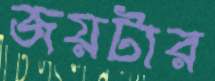
জয়টার